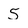
Character: 5